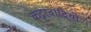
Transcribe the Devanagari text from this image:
कट्टरवादियो